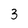
Character: 3